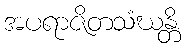
အပရာဇိတသံဃန္တိ